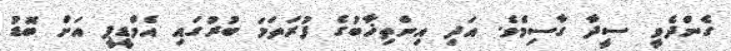
ގެންދެވީ ސީދާ ގާސިމެވެ. އަދި އިންތިޚާބުގެ ފުރަތަމަ ބުރުގައި އެމްޑީޕީ އަށް ބޮޑު